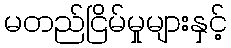
မတည်ငြိမ်မှုများနှင့်